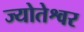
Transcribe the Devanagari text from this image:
ज्योतेश्वर